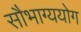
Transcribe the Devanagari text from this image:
सौभाग्ययोग